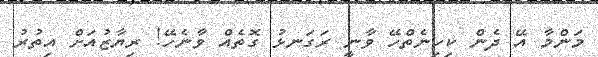
މަންމާ އޭ ދެން ކިހިނެތްހޭ ވާނީ ރަގަނޅު ގޮތެއް ވާނެހޭ! ރިޔާޒުއަށް އިތުރު